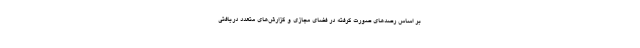
بر اساس رصدهای صورت گرفته در فضای مجازی و گزارش‌های متعدد دریافتی